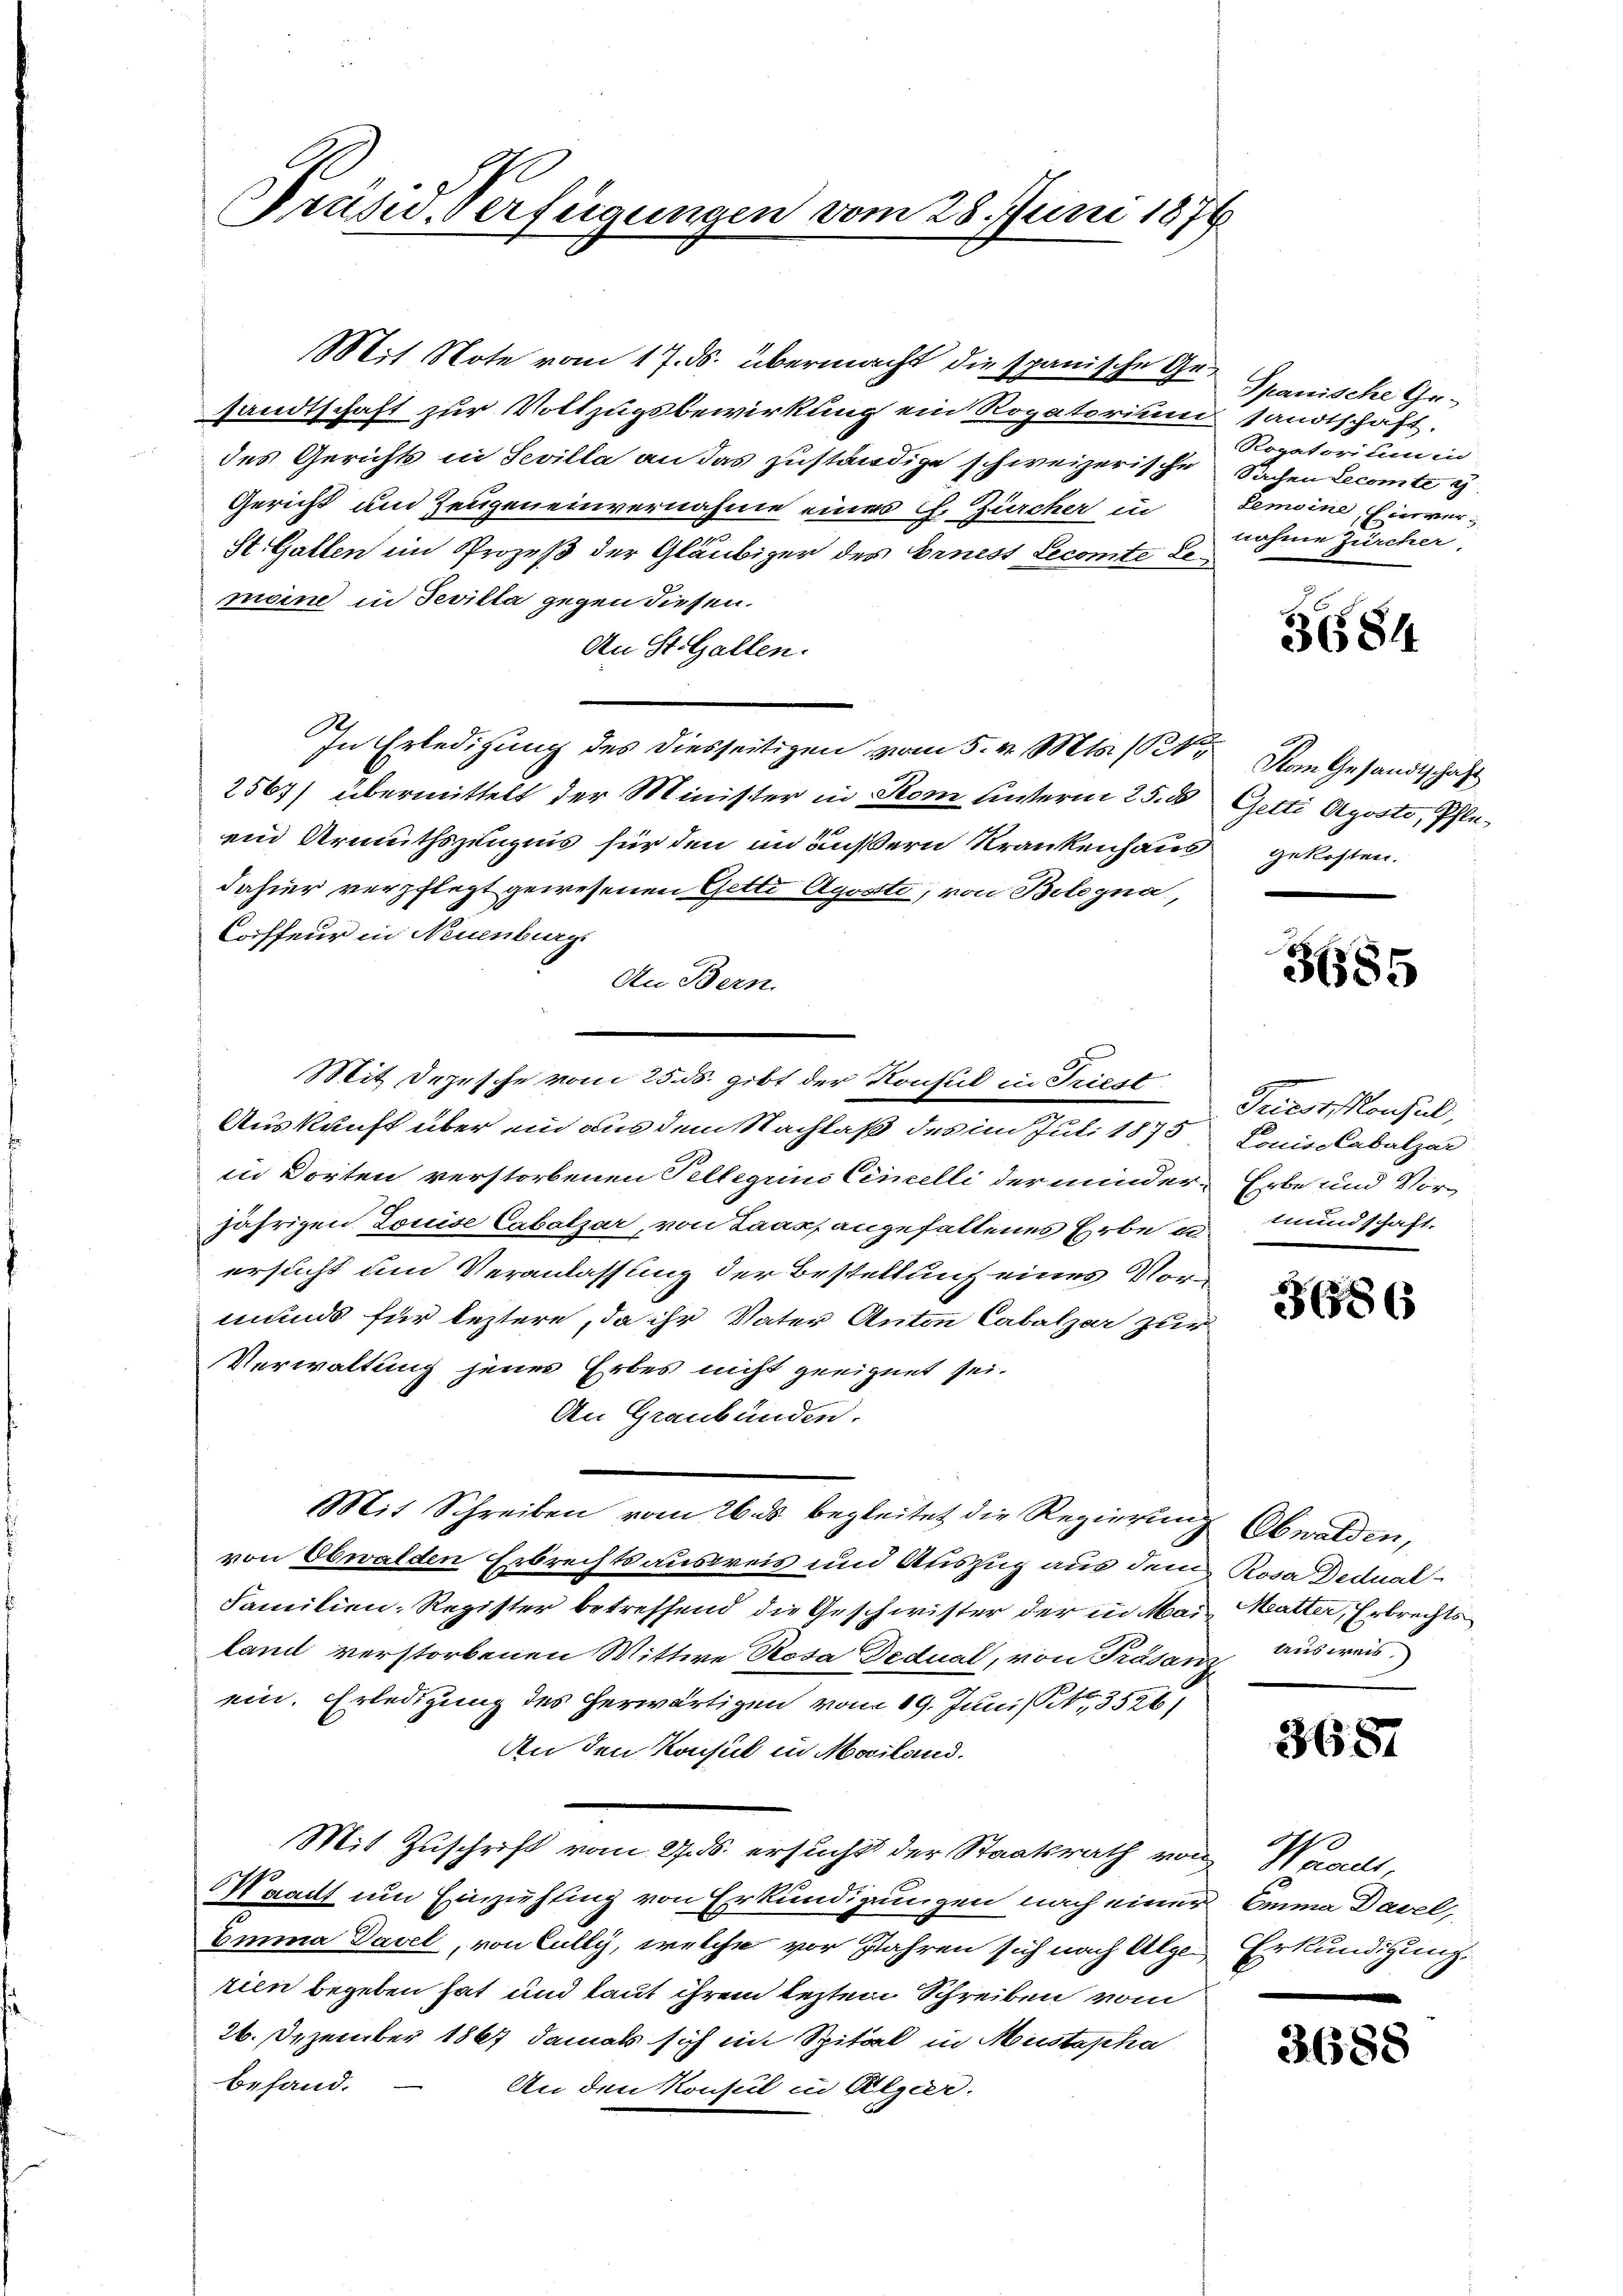
Präsid.. Verfügungen vom 28. Juni 1876

Mit Note vom 17. ds. übermacht die spanische Gesandtschaft zur Vollzugsbewirkung ein Rogatorium
des Gerichts in Sevilla an das zuständige schweizerischer
Gericht und Zeugeneinvernahme eines C. Zürcher in
St. Gallen im Prozeß der Gläubiger des Ernest Lecomte Semeine in Sevilla gegen diesen.
An St. Gallen.
In Erledigung des diesseitigen vom 5. v. Mts. 121
2567) übermittelt der Minister in Stom unterm 25. ds Getti Aposto, Pfleein Armuthszeugnis für den im äußern Krankenhaus
dahier verpflegt gewesenen Getti Agostte, von Belegna,
Coiffeur in Neuenburg.
An Bern.
Mit Depesche vom 25. ds. gibt der Konsul in Friest
Auskunft über ein aus dem Nachlaß des im Juli 1875
in Dorten verstorbenen Tellegiins Cemelli der minder-Erbe und Vorjährigen Louise Cabalzar, von Laas, angefallenes Erbe u. mundschaftersucht um Veranlassung der Bestellung eines Vormunds für leztere, da ihr Vater Anton Cabalzer zur
Verwaltung jenes Erbes nicht geeignet sei.
An Graubünden.
Mit Schreiben vom 26 des begleitet die Regierung Obwalden,
von Obwalden Erbrechtsausweis und Auszug aus dem Rosa Dedual-
Familien-Register betreffend die Geschwister der in Mai Matter, Erbrechts
land verstorbenen Mittwe Rosa Dedual, von Trasanz Ausweis
ein. Erledigung des herwärtigen vom 19. Juni /, 35261
An den Konsul in Mailand.
Mit Zuschrift vom 27. ds. ersucht der Staatsrath von Waadt,
Waadt um Einziehung von Erkundigungen nach einer
Emma Davel, von Cully, welche vor Jahren sich nach Alge-
tien begeben hat und taut ihrem lezten Schreiben vom
26. Dezember 1867 damals sich ein Spital in Mustepha
befand.
An den Konsul in Algier.

Spanische Gesandtschaft.
Rogatorium in
Sachen Lecomte g
lemeine Einvernahme Zürcher

3 (584

Vom Gesandtschaft
gekosten.

3685

Triest konsul,
Louise Cabalzar

386

368.

Emma Davel,
Erkundigung.

3688